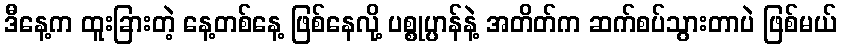
ဒီနေ့က ထူးခြားတဲ့ နေ့တစ်နေ့ ဖြစ်နေလို့ ပစ္စုပ္ပာန်နဲ့ အတိတ်က ဆက်စပ်သွားတာပဲ ဖြစ်မယ်